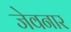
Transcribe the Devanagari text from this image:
जेवनार